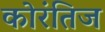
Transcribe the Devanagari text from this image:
कोरंतिज